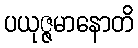
ပယုဇ္ဇမာနောတိ